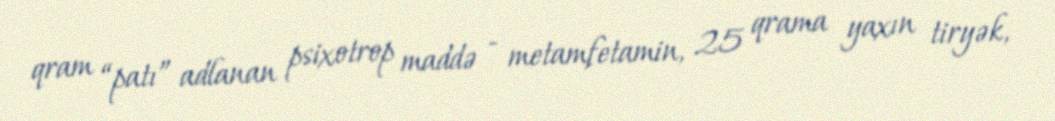
qram “patı” adlanan psixotrop maddə - metamfetamin, 25 qrama yaxın tiryək,